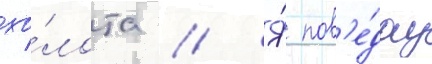
зо́лота // Я́ пов'е́дау